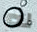
له